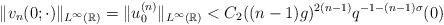
LaTeX: \begin{align*} \|v_n(0;\cdot)\|_{L^\infty(\mathbb{R})}=\|u_0^{(n)}\|_{L^\infty(\mathbb{R})}<C_2((n-1)g)^{2(n-1)}q^{-1-(n-1)\sigma}(0)\end{align*}